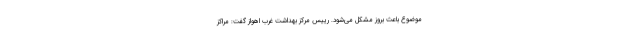
موضوع باعث بروز مشکل می‌شود. رییس مرکز بهداشت غرب اهواز گفت: مراکز